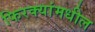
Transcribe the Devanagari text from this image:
फिरक्यांमधील